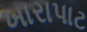
ખારાપાટ